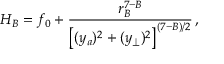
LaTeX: H _ { B } = f _ { 0 } + { \frac { r _ { B } ^ { 7 - B } } { \left[ ( { { { y } } _ { a } } ) ^ { 2 } + ( { { { y } } _ { \perp } } ) ^ { 2 } \right] ^ { ( 7 - B ) / 2 } } } \, ,